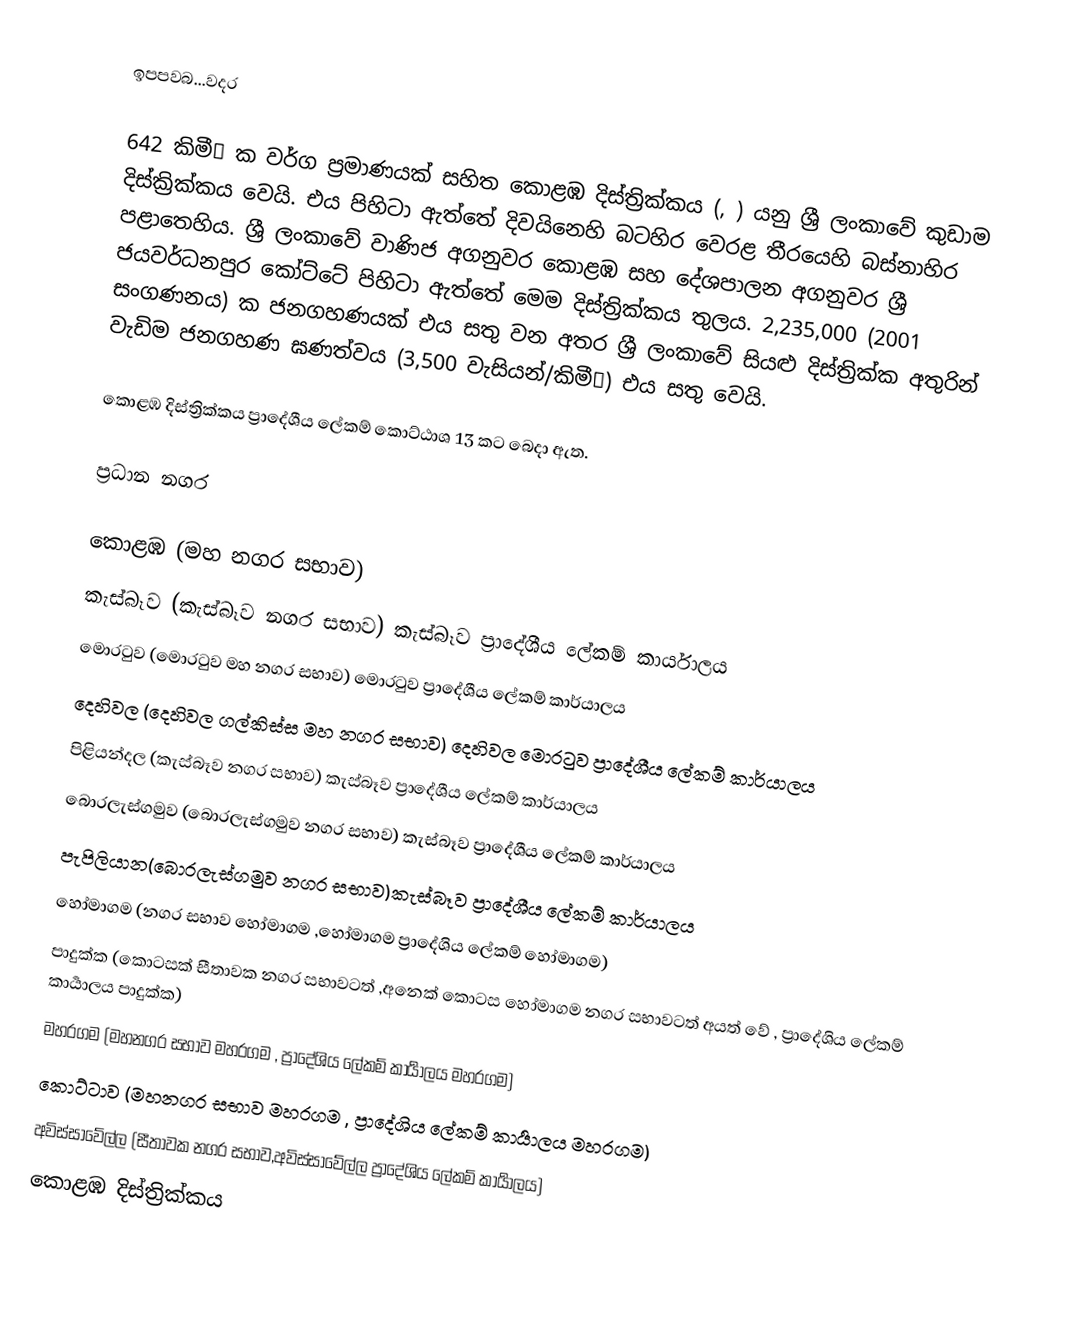
ඉපපවබ...වදර

642 කිමී² ක වර්ග ප්‍රමාණයක් සහිත කොළඹ දිස්ත්‍රික්කය (, ) යනු ශ්‍රී ලංකාවේ කුඩාම දිස්ක්‍රික්කය වෙයි. එය පිහිටා ඇත්තේ දිවයිනෙහි බටහිර වෙරළ තීරයෙහි  බස්නාහිර පළාතෙහිය.  ශ්‍රී ලංකාවේ වාණිජ අගනුවර  කොළඹ සහ දේශපාලන අගනුවර  ශ්‍රී ජයවර්ධනපුර කෝට්ටේ පිහිටා ඇත්තේ මෙම දිස්ත්‍රික්කය තුලය. 2,235,000 (2001 සංගණනය) ක ජනගහණයක් එය සතු වන අතර ශ්‍රී ලංකාවේ සියළු දිස්ත්‍රික්ක අතුරින් වැඩිම ජනගහණ ඝණත්වය (3,500 වැසියන්/කිමී²) එය සතු වෙයි.

කොළඹ දිස්ත්‍රික්කය  ප්‍රාදේශීය ලේකම් කොට්ඨාශ 13 කට බෙදා ඇත.

ප්‍රධාන නගර

 කොළඹ (මහ නගර සභාව)
 කැස්බෑව (කැස්බෑව නගර සභාව)  කැස්බෑව  ප්‍රාදේශීය ලේකම් කාර්යාලය
 මොරටුව (මොරටුව මහ නගර සභාව)  මොරටුව  ප්‍රාදේශීය ලේකම් කාර්යාලය
 දෙහිවල (දෙහිවල ගල්කිස්ස මහ නගර සභාව) දෙහිවල මොරටුව  ප්‍රාදේශීය ලේකම් කාර්යාලය
 පිළියන්දල (කැස්බෑව නගර සභාව) කැස්බෑව  ප්‍රාදේශීය ලේකම් කාර්යාලය
 බොරලැස්ගමුව (බොරලැස්ගමුව නගර සභාව) කැස්බෑව  ප්‍රාදේශීය ලේකම් කාර්යාලය
 පැපිලියාන(බොරලැස්ගමුව නගර සභාව)කැස්බෑව  ප්‍රාදේශීය ලේකම් කාර්යාලය
 හෝමාගම (නගර සභාව හෝමාගම ,හෝමාගම ප්‍රාදේශිය ලේකම් හෝමාගම)
 පාදුක්ක (කොටසක් සීතාවක නගර සභාවටත් ,අනෙක් කොටස හෝමාගම නගර සභාවටත් අයත් වේ , ප්‍රාදේශිය ලේකම් කාර්‍යාලය පාදුක්ක)
 මහරගම (මහනගර සභාව මහරගම , ප්‍රාදේශිය ලේකම් කාර්‍යාලය මහරගම)
 කොට්ටාව (මහනගර සභාව ⁣මහරගම , ප්‍රාදේශිය ලේකම් කාර්‍යාලය මහරගම)
 අවිස්සාවේල්ල (සීතාවක නගර සභාව,අවිස්සාවේල්ල ප්‍රාදේශිය ලේකම් කාර්‍යාලය)
කොළඹ දිස්ත්‍රික්කය